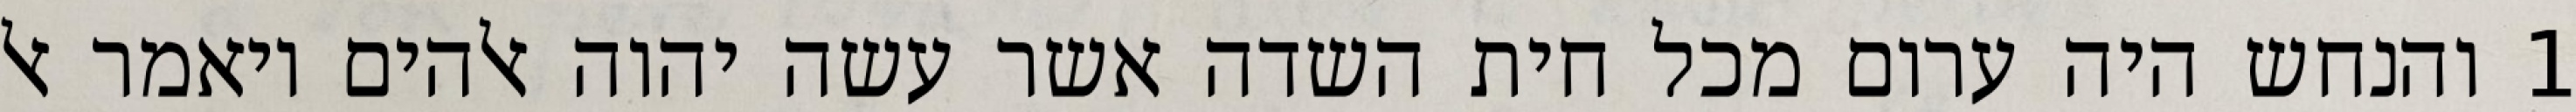
1 והנחש היה ערום מכל חית השדה אשר עשה יהוה אלהים ויאמר אל